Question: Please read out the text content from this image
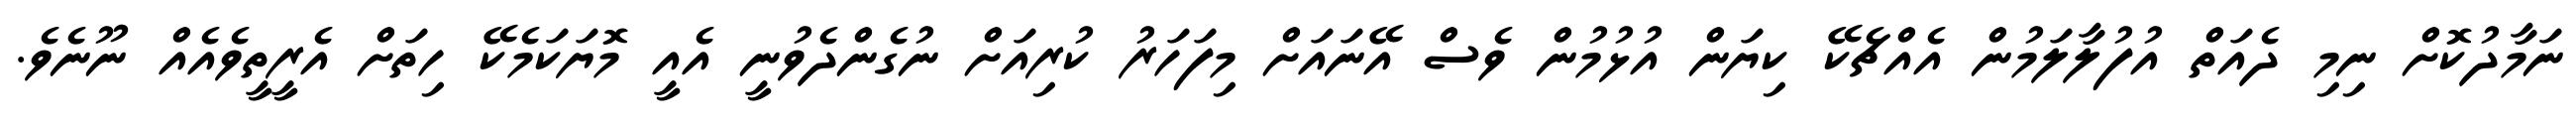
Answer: ނަމާދުކޮށް ނިމި ދެއަތް އުފުލާލަމުން އެއްޗެކޭ ކިޔަން އުޅުމުން ވެސް އޭނައަށް މިފަހަރު ކުރިއަށް ނުގެންދެވުނީ އެއީ މޮޔަކަމެކޭ ހިތަށް އެރީތީވެއެއް ނޫނެވެ.